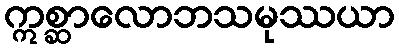
ဣစ္ဆာလောဘသမုဿယာ